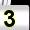
Digit: 3